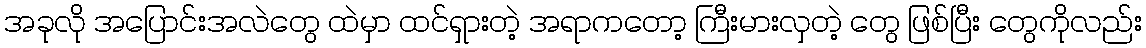
အခုလို အပြောင်းအလဲတွေ ထဲမှာ ထင်ရှားတဲ့ အရာကတော့ ကြီးမားလှတဲ့ တွေ ဖြစ်ပြီး တွေကိုလည်း